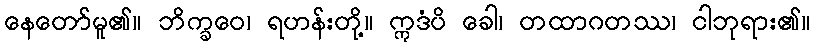
နေတော်မူ၏။ ဘိက္ခဝေ၊ ရဟန်းတို့။ ဣဒံပိ ခေါ၊ တထာဂတဿ၊ ငါဘုရား၏။